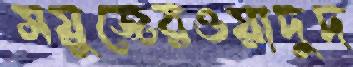
সয়ুজেরওয়াদুদ